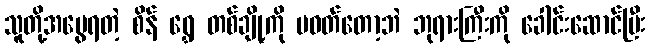
သူတို့အမွေရတဲ့ စိန် ရွှေ တစ်ချို့ကို မဝတ်တော့ဘဲ ဘုရားကြီးကို ခေါင်းဆောင်ပြီး